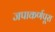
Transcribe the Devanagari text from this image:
जपाकर्णपूरा